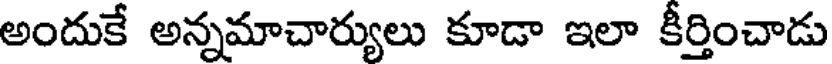
అందుకే అన్నమాచార్యులు కూడా ఇలా కీర్తించాడు